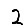
Digit: 2